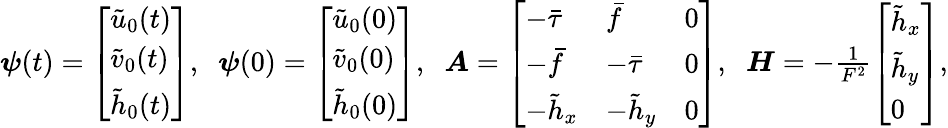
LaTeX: \begin{array}{r}{\boldsymbol{\psi}(t)=\left[\begin{array}{l}{\tilde{u}_{0}(t)}\\ {\tilde{v}_{0}(t)}\\ {\tilde{h}_{0}(t)}\end{array}\right],\; \; \boldsymbol{\psi}(0)=\left[\begin{array}{l}{\tilde{u}_{0}(0)}\\ {\tilde{v}_{0}(0)}\\ {\tilde{h}_{0}(0)}\end{array}\right],\; \; \boldsymbol{A}=\left[\begin{array}{lll}{-\bar{\tau}}&{\bar{f}}&{0}\\ {-\bar{f}}&{-\bar{\tau}}&{0}\\ {-\tilde{h}_{x}}&{-\tilde{h}_{y}}&{0}\end{array}\right],\; \; \boldsymbol{H}=-\frac{1}{F^{2}}\left[\begin{array}{l}{\tilde{h}_{x}}\\ {\tilde{h}_{y}}\\ {0}\end{array}\right],}\end{array}